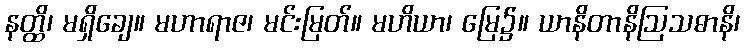
နတ္ထိ၊ မရှိချေ။ မဟာရာဇ၊ မင်းမြတ်။ မဟိယာ၊ မြေ၌။ ယာနိတာနိဩသဓာနိ၊